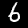
Digit: 6